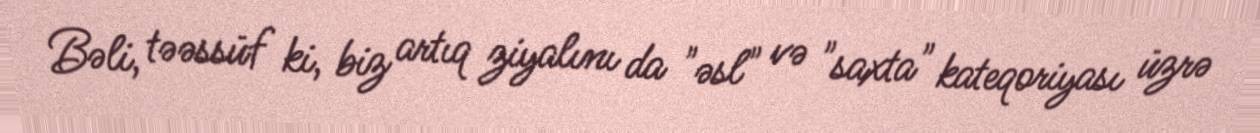
Bəli, təəssüf ki, biz artıq ziyalını da "əsl" və "saxta" kateqoriyası üzrə